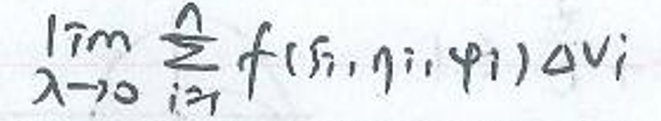
\(\lim _ { \lambda \rightarrow 0 } \sum _ { i = 1 } ^ { n } f ( \xi _ { i }, \eta _ { i }, \varphi _ { i } ) \Delta v _ { i }\)